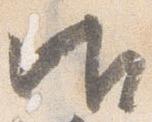
御